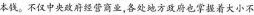
本钱。不仅中央政府经营商业，各处地方政府也掌握着大小不